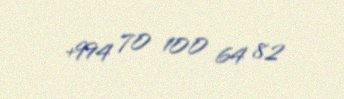
+994 70 100 64 82